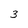
Character: 3